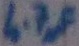
Text: 4.7µF